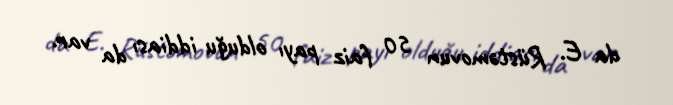
da E. Rüstəmovun 50 faiz payı olduğu iddiası da var.